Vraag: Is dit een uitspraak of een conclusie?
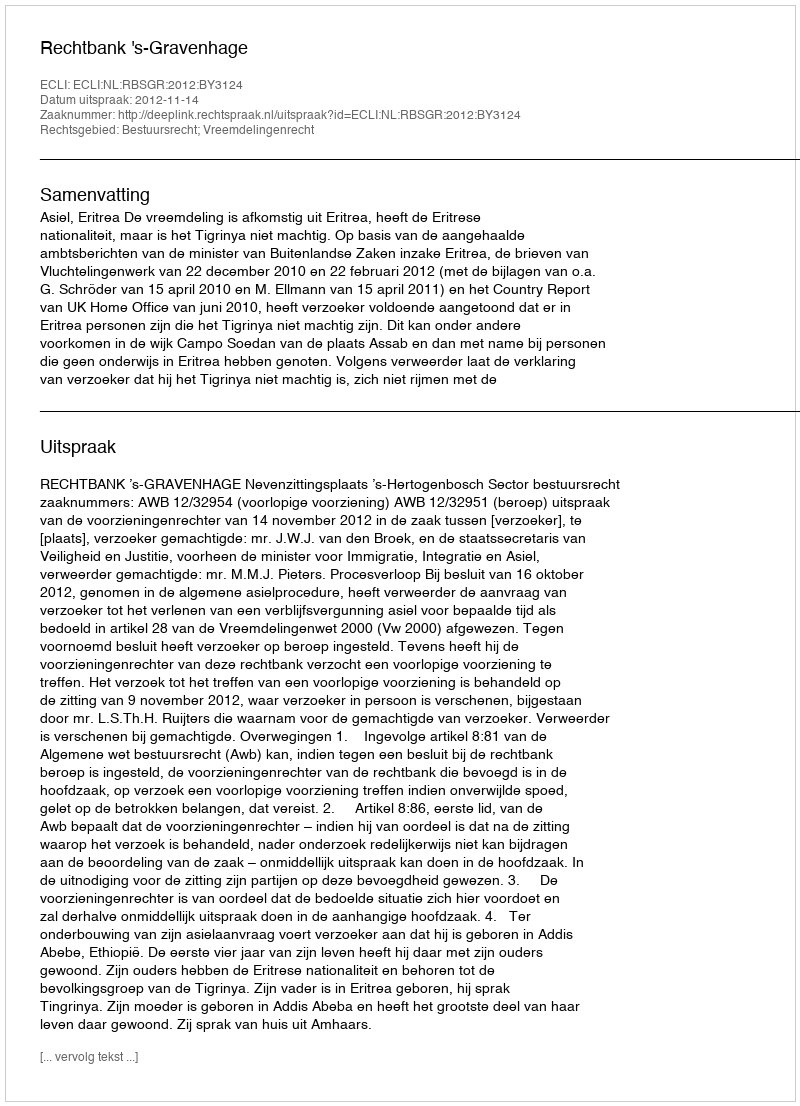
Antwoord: Uitspraak